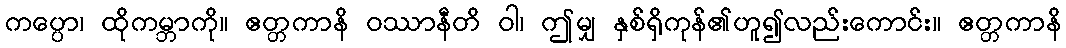
ကပ္ပော၊ ထိုကမ္ဘာကို။ ဧတ္တကာနိ ဝဿာနီတိ ဝါ၊ ဤမျှ နှစ်ရှိကုန်၏ဟူ၍လည်းကောင်း။ ဧတ္တကာနိ